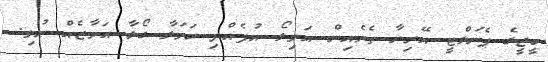
ބީޖީގެ ޕެނަލްޓީ އޭރިޔާ ތެރެއިން އަވިލޯ އުފެއްދި ހަމަލާ ގޯލާ އަމާޒެއް ނުވި.